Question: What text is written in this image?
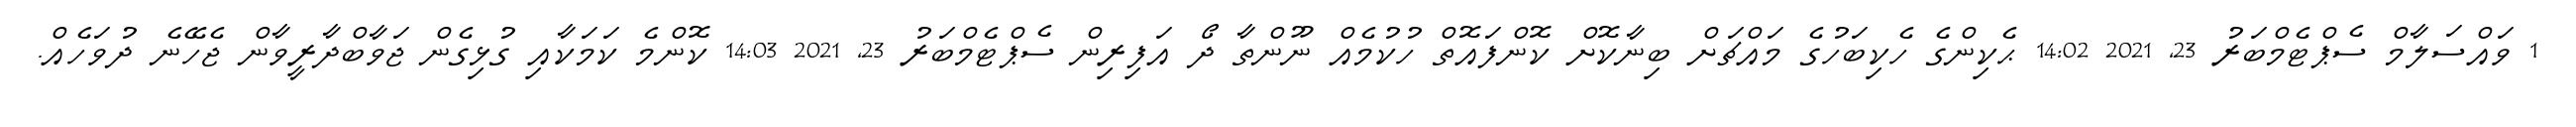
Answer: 1 ވައްސަލާމް ސެޕްޓެމްބަރު 23, 2021 14:02 ޙެކިންގެ ހެކިބަހުގެ މައްޗަށް ބިނާކޮށް ކޮންފައޮތް ހުކުމެއް ނޫންތާ ދޯ އަފިރިން ސެޕްޓެމްބަރު 23, 2021 14:03 ކޮންމެ ކަމަކާއި ގުޅިގެން ޖަވާބްދާރީވާން ޖެހޭނެ ދުވަހެއް.